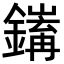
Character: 𨭅